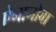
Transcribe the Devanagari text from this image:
ऐनानोवा